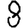
Digit: 8